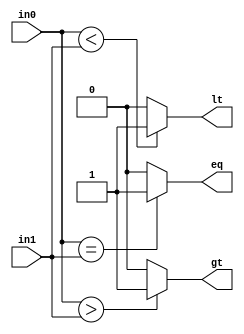
`timescale 1ns / 1ps
//////////////////////////////////////////////////////////////////////////////////
// Company: 
// Engineer: 
// 
// Design Name: 
// Module Name: comp_1
// Project Name: 
// Target Devices: 
// Tool Versions: 
// Description: 
// 
// Dependencies: 
// 
// Revision:
// Revision 0.01 - File Created
// Additional Comments:
// 
//////////////////////////////////////////////////////////////////////////////////


module comp_1  
      (
        input  in0,in1,
		output  reg  gt,eq,lt 
     );
      always @*  
begin
   gt = 0;
   eq = 0;
   lt = 0;
		 if(in0>in1)
            gt = 1;
          if(in0==in1)
            eq = 1;
          if(in0<in1)
            lt = 1;
       end
  endmodule